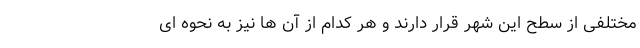
مختلفی از سطح این شهر قرار دارند و هر کدام از آن ها نیز به نحوه ای